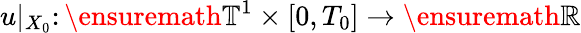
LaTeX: u|_{X_{0}}\colon\ensuremath{\mathbb{T}}^{1}\times[0,T_{0}]\to\ensuremath{\mathbb{R}}